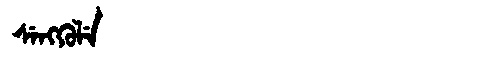
Manchu: ᠰᡝᠩᡴᡠᠯᡝ
Romanization: SENGKULE